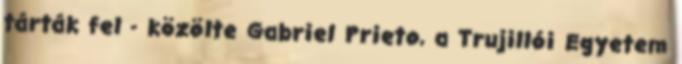
tárták fel - közölte Gabriel Prieto, a Trujillói Egyetem